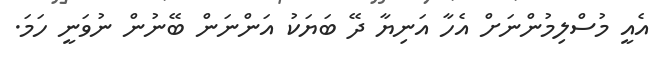
އެއީ މުސްލިމުންނަށް އެހާ އަނިޔާ ދޭ ބަޔަކު އަންނަން ބޭނުން ނުވަނީ ހަމަ.